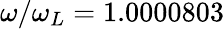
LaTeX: \omega/\omega_{L}=1.0000803